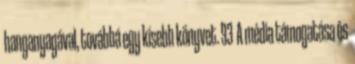
hanganyagával, továbbá egy kisebb könyvet. 93 A média támogatása és